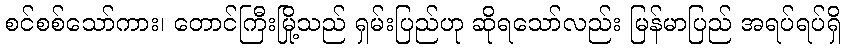
စင်စစ်သော်ကား၊ တောင်ကြီးမြို့သည် ရှမ်းပြည်ဟု ဆိုရသော်လည်း မြန်မာပြည် အရပ်ရပ်ရှိ